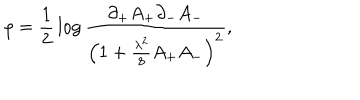
\rho = { \frac { 1 } { 2 } } \log { \frac { \partial _ { + } A _ { + } \partial _ { - } A _ { - } } { \left( 1 + { \frac { \lambda ^ { 2 } } { 8 } } A _ { + } A _ { - } \right) ^ { 2 } } } ,